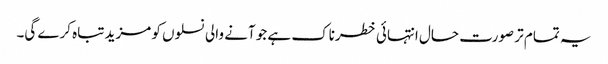
یہ تمام تر صورت حال انتہائی خطرناک ہے جو آنے والی نسلوں کو مزید تباہ کرے گی۔